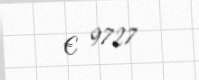
€ 9727